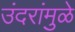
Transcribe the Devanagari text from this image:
उंदरांमुळे